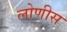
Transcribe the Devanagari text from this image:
लोणीस